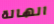
الهالة